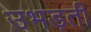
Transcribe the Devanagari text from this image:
उभड़ती